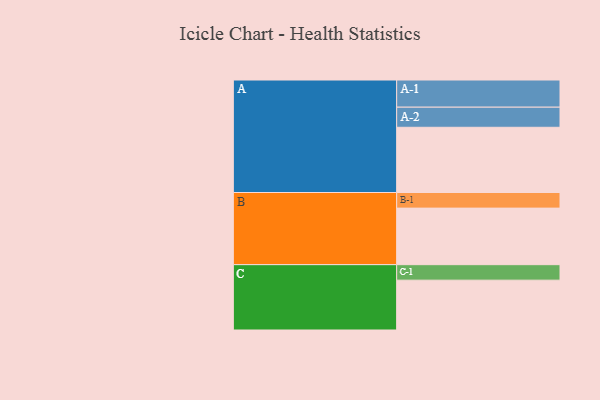
{"axis": {"x": "Segment", "y": "Value"}, "legend": ["", "A", "B", "C"], "data": [{"x": "A", "y": 564, "type": ""}, {"x": "B", "y": 489, "type": ""}, {"x": "C", "y": 431, "type": ""}, {"x": "A-1", "y": 235, "type": "A"}, {"x": "A-2", "y": 174, "type": "A"}, {"x": "B-1", "y": 135, "type": "B"}, {"x": "C-1", "y": 134, "type": "C"}]}